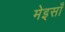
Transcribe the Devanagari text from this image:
मेइसाँ